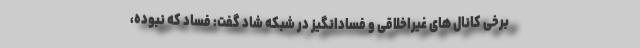
برخی کانال های غیراخلاقی و فسادانگیز در شبکه شاد گفت: فساد که نبوده،